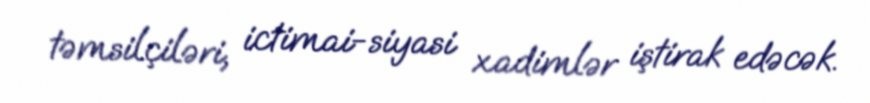
təmsilçiləri, ictimai-siyasi xadimlər iştirak edəcək.